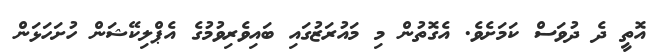
އޮތީ ދެ ދުވަސް ކަމަށެވެ. އެގޮތުން މި މައުރަޒުގައި ބައިވެރިވުމުގެ އެޕްލިކޭޝަން ހުށަހަޅަން